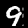
Label: 9